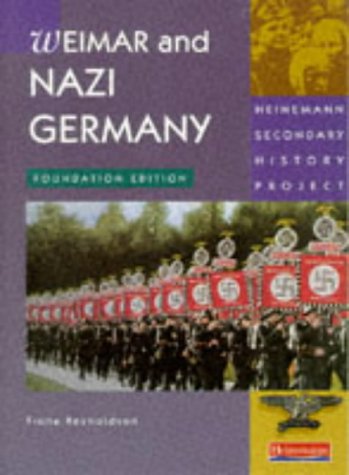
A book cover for Nazi Germany: Foundation (Heinemann Secondary History Project); Rosemary Rees; Teen & Young Adult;